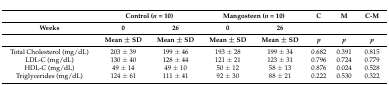
<table><thead><tr><td></td><td colspan="2"><b>Control (<i>n</i> = 10)</b></td><td colspan="2"><b>Mangosteen (<i>n</i> = 10)</b></td><td><b>C</b></td><td><b>M</b></td><td><b>C-M</b></td></tr><tr><td><b>Weeks</b></td><td><b>0</b></td><td><b>26</b></td><td><b>0</b></td><td><b>26</b></td><td></td><td></td><td></td></tr><tr><td></td><td><b>Mean ± SD</b></td><td><b>Mean ± SD</b></td><td><b>Mean ± SD</b></td><td><b>Mean ± SD</b></td><td><b><i>p</i></b></td><td><b><i>p</i></b></td><td><b><i>p</i></b></td></tr></thead><tbody><tr><td>Total Cholesterol (mg/dL)</td><td>203 ± 39</td><td>199 ± 46</td><td>193 ± 28</td><td>199 ± 34</td><td>0.682</td><td>0.391</td><td>0.815</td></tr><tr><td>LDL-C (mg/dL)</td><td>130 ± 40</td><td>128 ± 44</td><td>121 ± 21</td><td>123 ± 31</td><td>0.796</td><td>0.724</td><td>0.779</td></tr><tr><td>HDL-C (mg/dL)</td><td>49 ± 14</td><td>49 ± 10</td><td>50 ± 12</td><td>58 ± 13</td><td>0.876</td><td>0.024</td><td>0.528</td></tr><tr><td>Triglycerides (mg/dL)</td><td>124 ± 61</td><td>111 ± 41</td><td>92 ± 30</td><td>88 ± 21</td><td>0.222</td><td>0.530</td><td>0.322</td></tr></tbody></table>